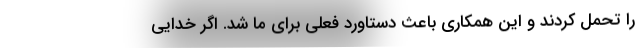
را تحمل کردند و این همکاری باعث دستاورد فعلی برای ما شد. اگر خدایی